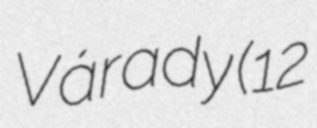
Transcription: Várady (12